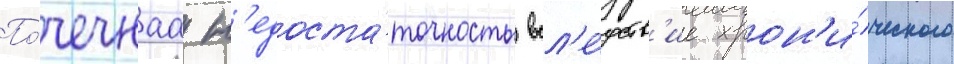
По́чечнаа н'едоста́точность всл'е́дств'ие хрон'и́ческого